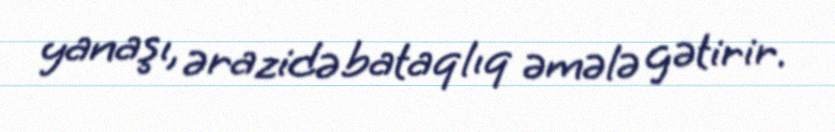
yanaşı, ərazidə bataqlıq əmələ gətirir.